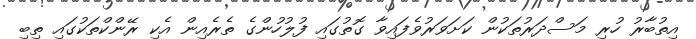
އިތުބާރު ހުރި މަސްދަރުތަކުން ކަށަވަރުވެފައިވާ ގޮތުގައި ފުލުހުންގެ ތެރެއިން އެކި ރޭންކްތަކުގައި ތިބި